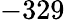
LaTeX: -329